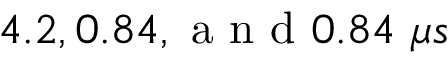
4 . 2 , 0 . 8 4 , \mathrm { ~ a ~ n ~ d ~ } 0 . 8 4 \ \mu s